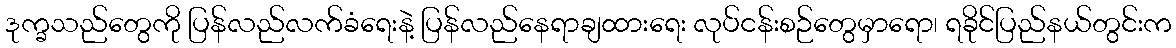
ဒုက္ခသည်တွေကို ပြန်လည်လက်ခံရေးနဲ့ ပြန်လည်နေရာချထားရေး လုပ်ငန်းစဉ်တွေမှာရော၊ ရခိုင်ပြည်နယ်တွင်းက